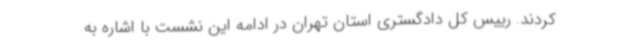
کردند. رییس کل دادگستری استان تهران در ادامه این نشست با اشاره به